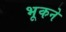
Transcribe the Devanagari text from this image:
भूकने